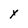
Character: Y